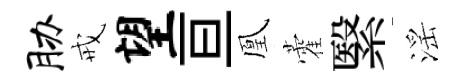
胁戒望亘凰藿繄滛